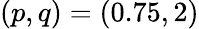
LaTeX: (p,q)=(0.75,2)